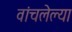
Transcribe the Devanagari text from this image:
वांचलेल्या